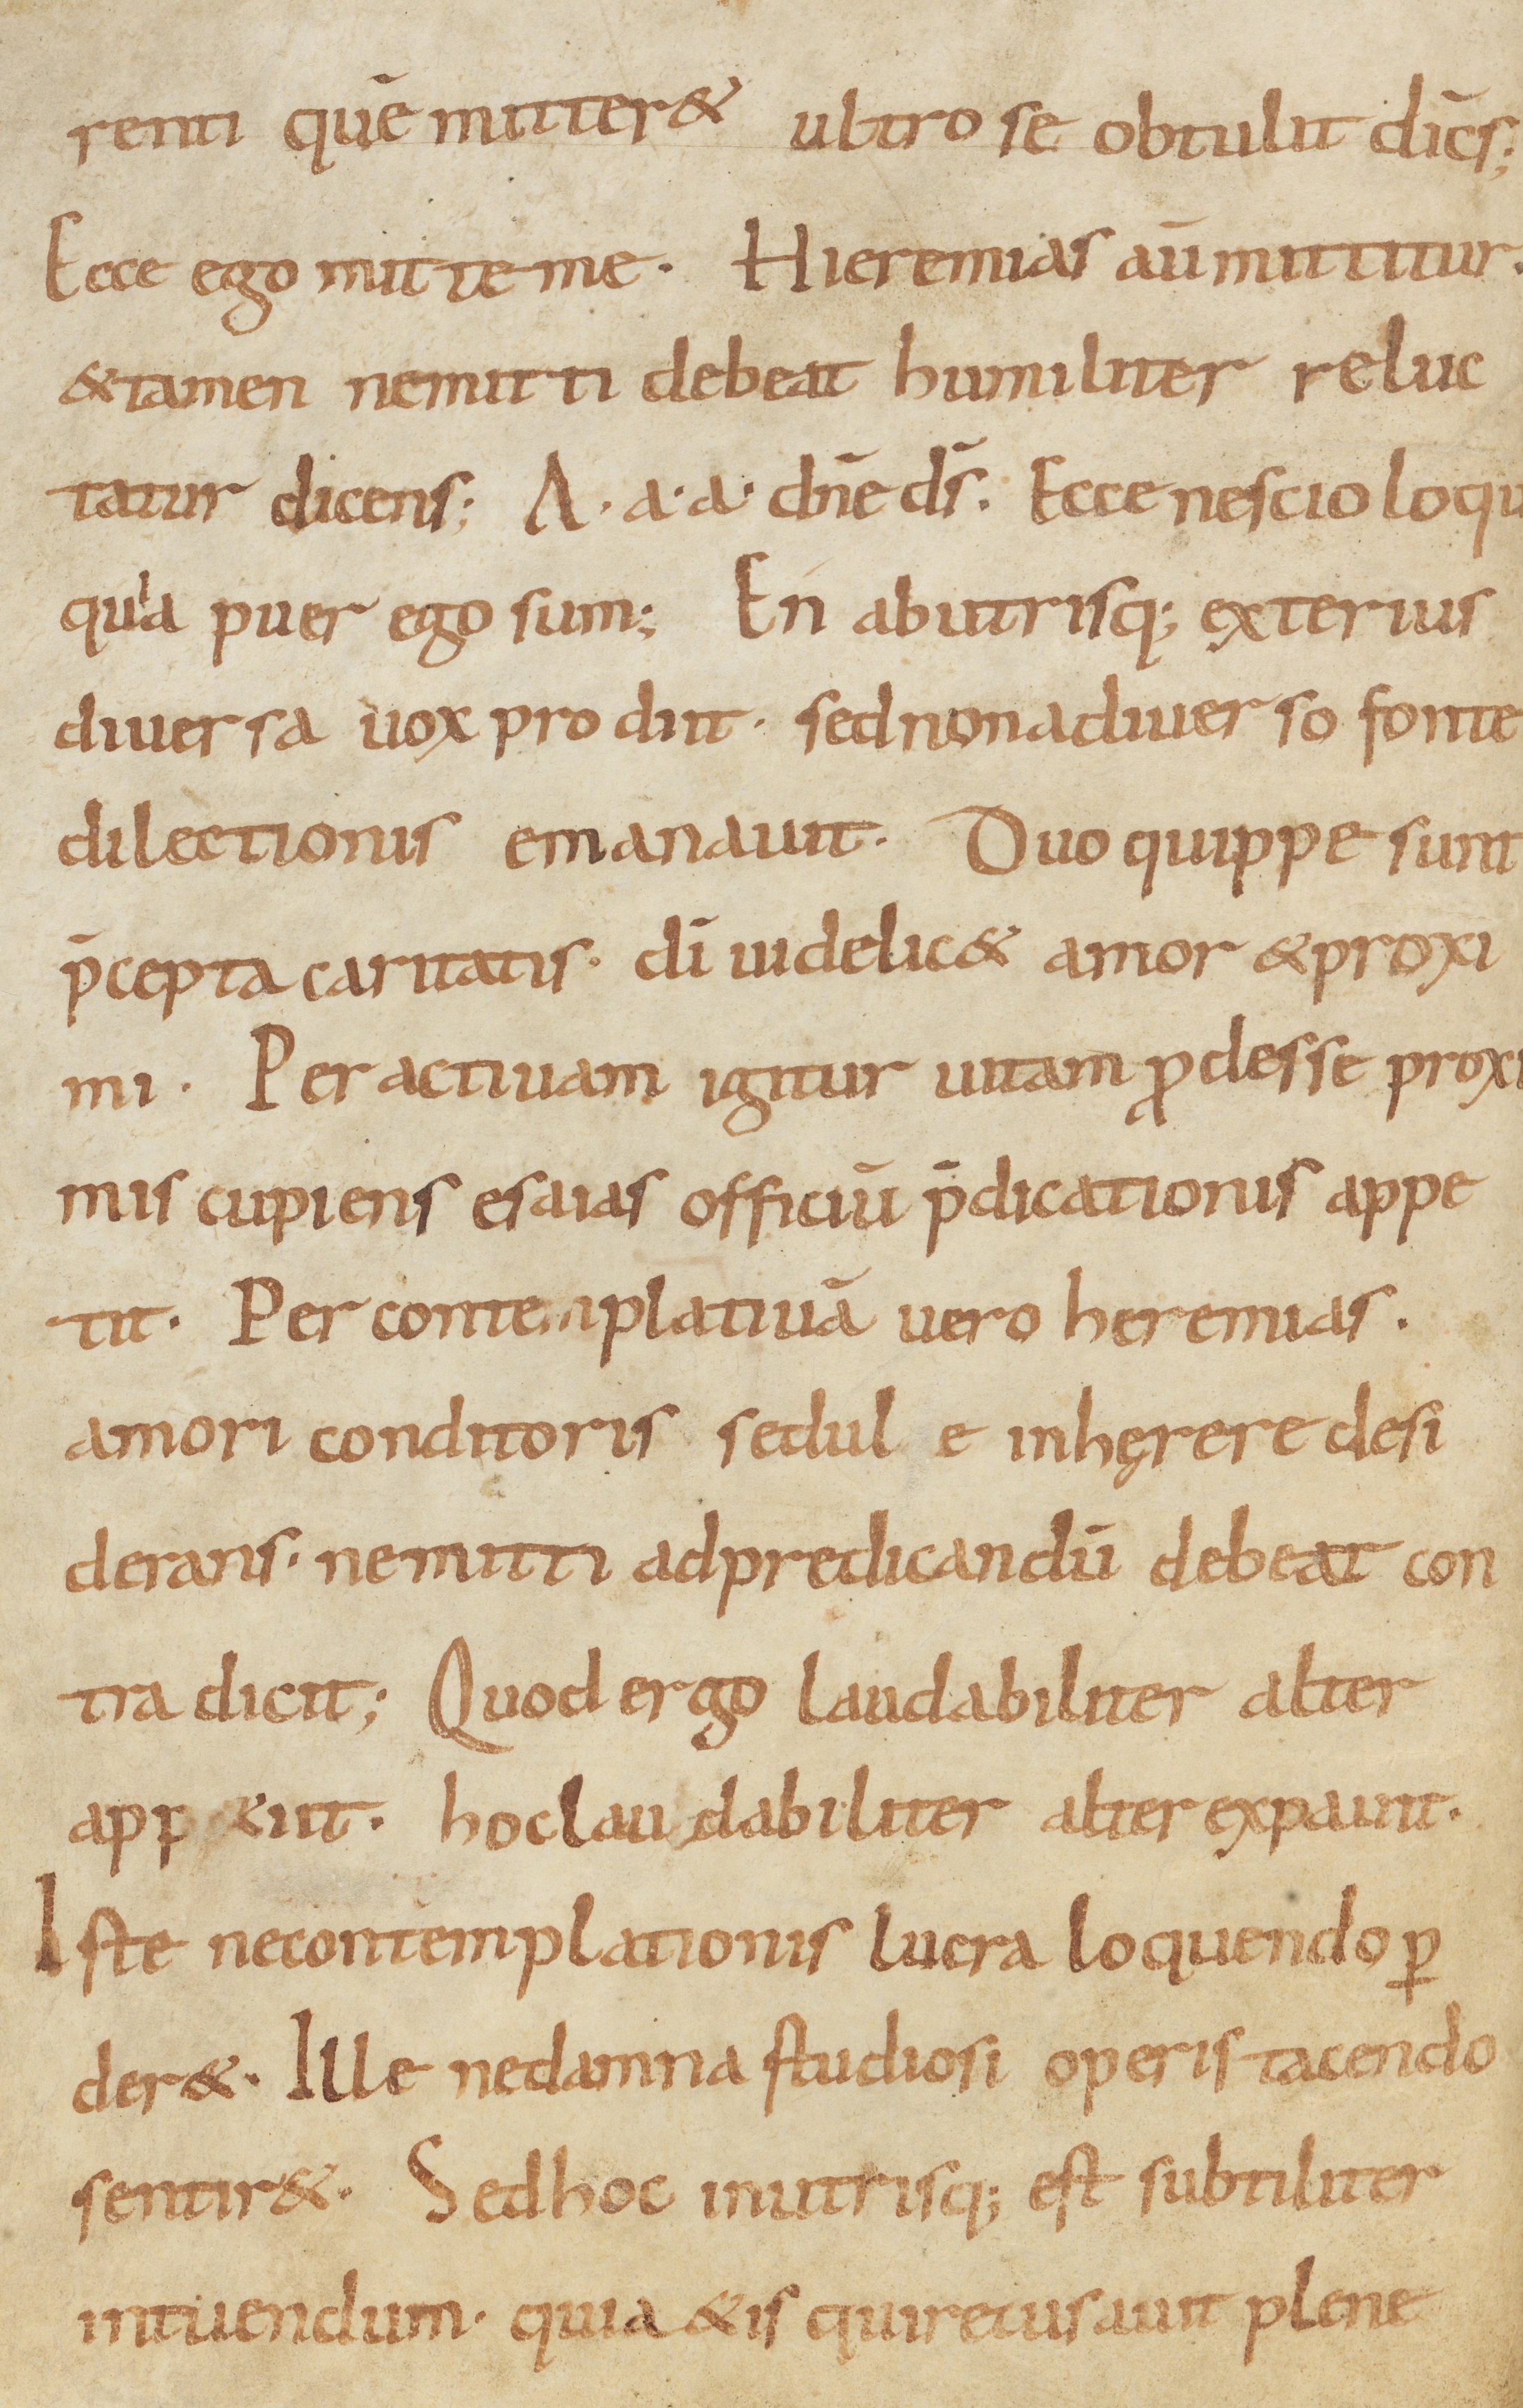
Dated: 900–999